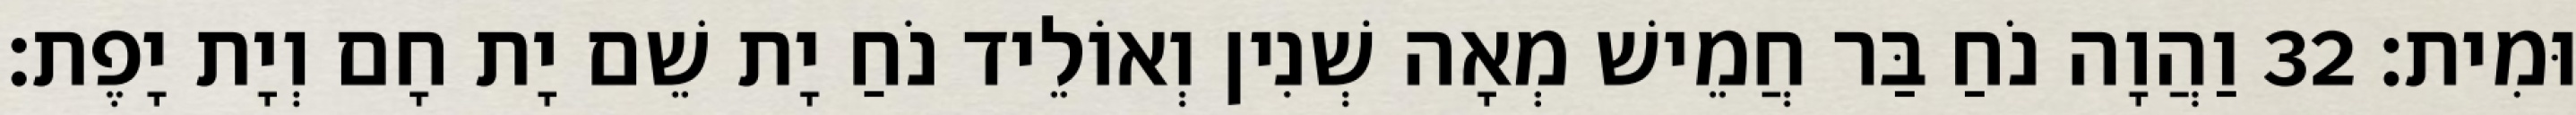
וּמִית׃ 32 וַהֲוָה נֹחַ בַּר חֲמֵישׁ מְאָה שְׁנִין וְאוֹלֵיד נֹחַ יָת שֵׁם יָת חָם וְיָת יָפֶת׃